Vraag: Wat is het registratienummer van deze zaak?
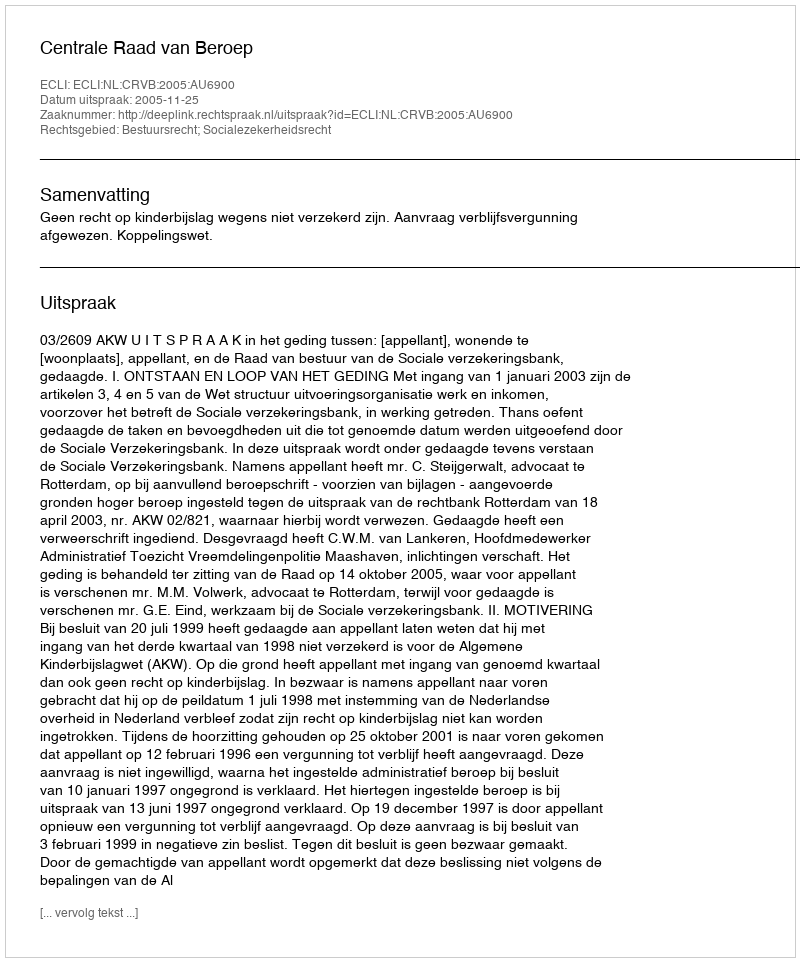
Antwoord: http://deeplink.rechtspraak.nl/uitspraak?id=ECLI:NL:CRVB:2005:AU6900